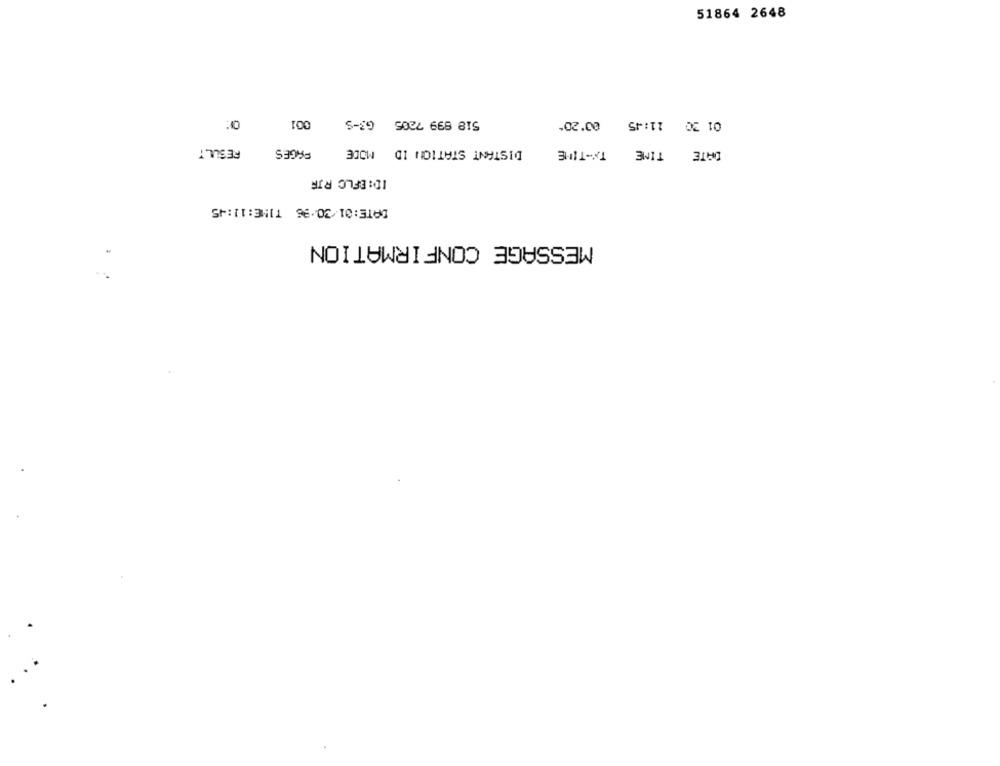
51864 2648
518 899 7205 G3-5 001
00'20
01 30 11:45
RESULT
PAGES
DISTANT STATION ID MODE
TX -- TIME
TIME
DATE
ID: EFLC RIF
DATE:01/20.96 TIME:11:45
MESSAGE CONFIRMATION